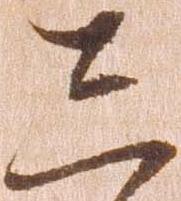
し